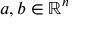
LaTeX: a , b \in \mathbb { R } ^ { n }